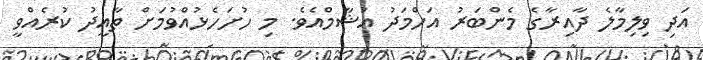
އަދި ވިލިމާލެ ދާއިރާގެ މެންބަރު އަހްމަދު އުޝާމްއެވެ. މި ހުށަހެޅުއްވުމަށް ތާއީދު ކުރެއްވީ